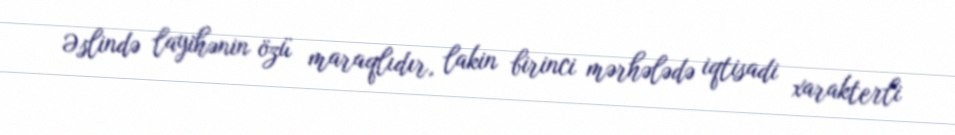
Əslində layihənin özü maraqlıdır, lakin birinci mərhələdə iqtisadi xarakterli